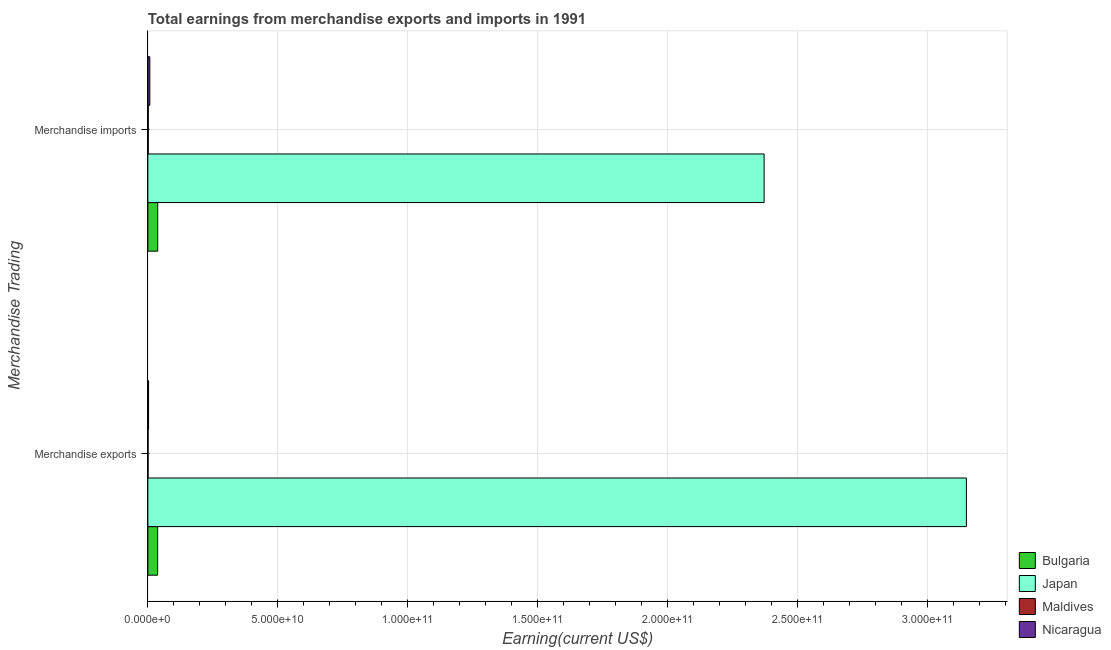
| Merchandise Trading | Bulgaria | Japan | Maldives | Nicaragua |
 | --- | --- | --- | --- | --- |
 | Merchandise exports | 3.76e+09 | 3.15e+11 | 7.62e+07 | 2.72e+08 |
 | Merchandise imports | 3.79e+09 | 2.37e+11 | 1.61e+08 | 7.51e+08 |